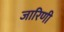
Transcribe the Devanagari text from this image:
जारिणी